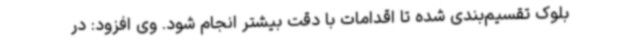
بلوک تقسیم‌بندی شده تا اقدامات با دقت بیشتر انجام شود. وی افزود: در